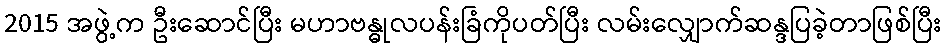
2015 အဖွဲ့က ဦးဆောင်ပြီး မဟာဗန္ဓုလပန်းခြံကိုပတ်ပြီး လမ်းလျှောက်ဆန္ဒပြခဲ့တာဖြစ်ပြီး